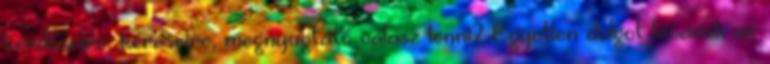
kérdéseire, kéréseire, megnyugtató válasz lenni? Egyetlen dolgot kívánok az